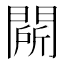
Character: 𲈬